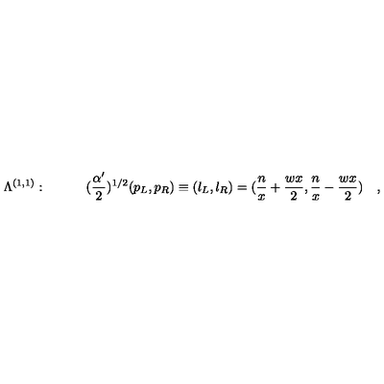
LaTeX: \Lambda ^ { ( 1 , 1 ) } : \quad \quad \quad ( { \frac { \alpha ^ { \prime } } { 2 } } ) ^ { 1 / 2 } ( p _ { L } , p _ { R } ) \equiv ( l _ { L } , l _ { R } ) = ( { \frac { n } { x } } + { \frac { w x } { 2 } } , { \frac { n } { x } } - { \frac { w x } { 2 } } ) \quad ,